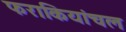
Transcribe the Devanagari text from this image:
फराकियांचल